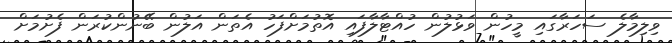
ވިލިމާލެ ސަހަރާގައި މީހުން ވަޅުލުން ހުއްޓާލާފައި އޮތުމަށްފަހު އެތަން އަލުން ބޭނުންކުރަން ފެށުމަށް